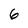
Character: 6